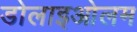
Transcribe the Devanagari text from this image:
डोलाइओलम